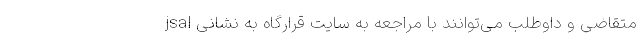
متقاضی و داوطلب می‌توانند با مراجعه به سایت قرارگاه به نشانی jsal